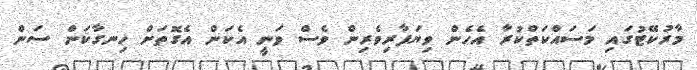
މާރުކޭޓުގައި މަސައްކަތްކުރާ އެހެން ވިޔަފާރިވެރިން ވެސް ވަނީ އެކަން އެގޮތަށް ހިނގާކަން ސަން